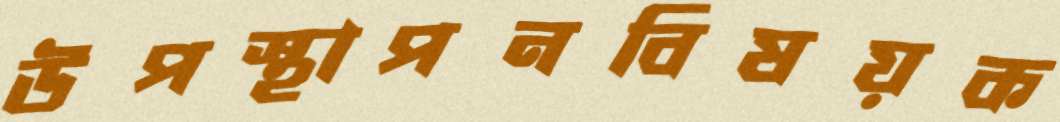
উপস্থাপনবিষয়ক